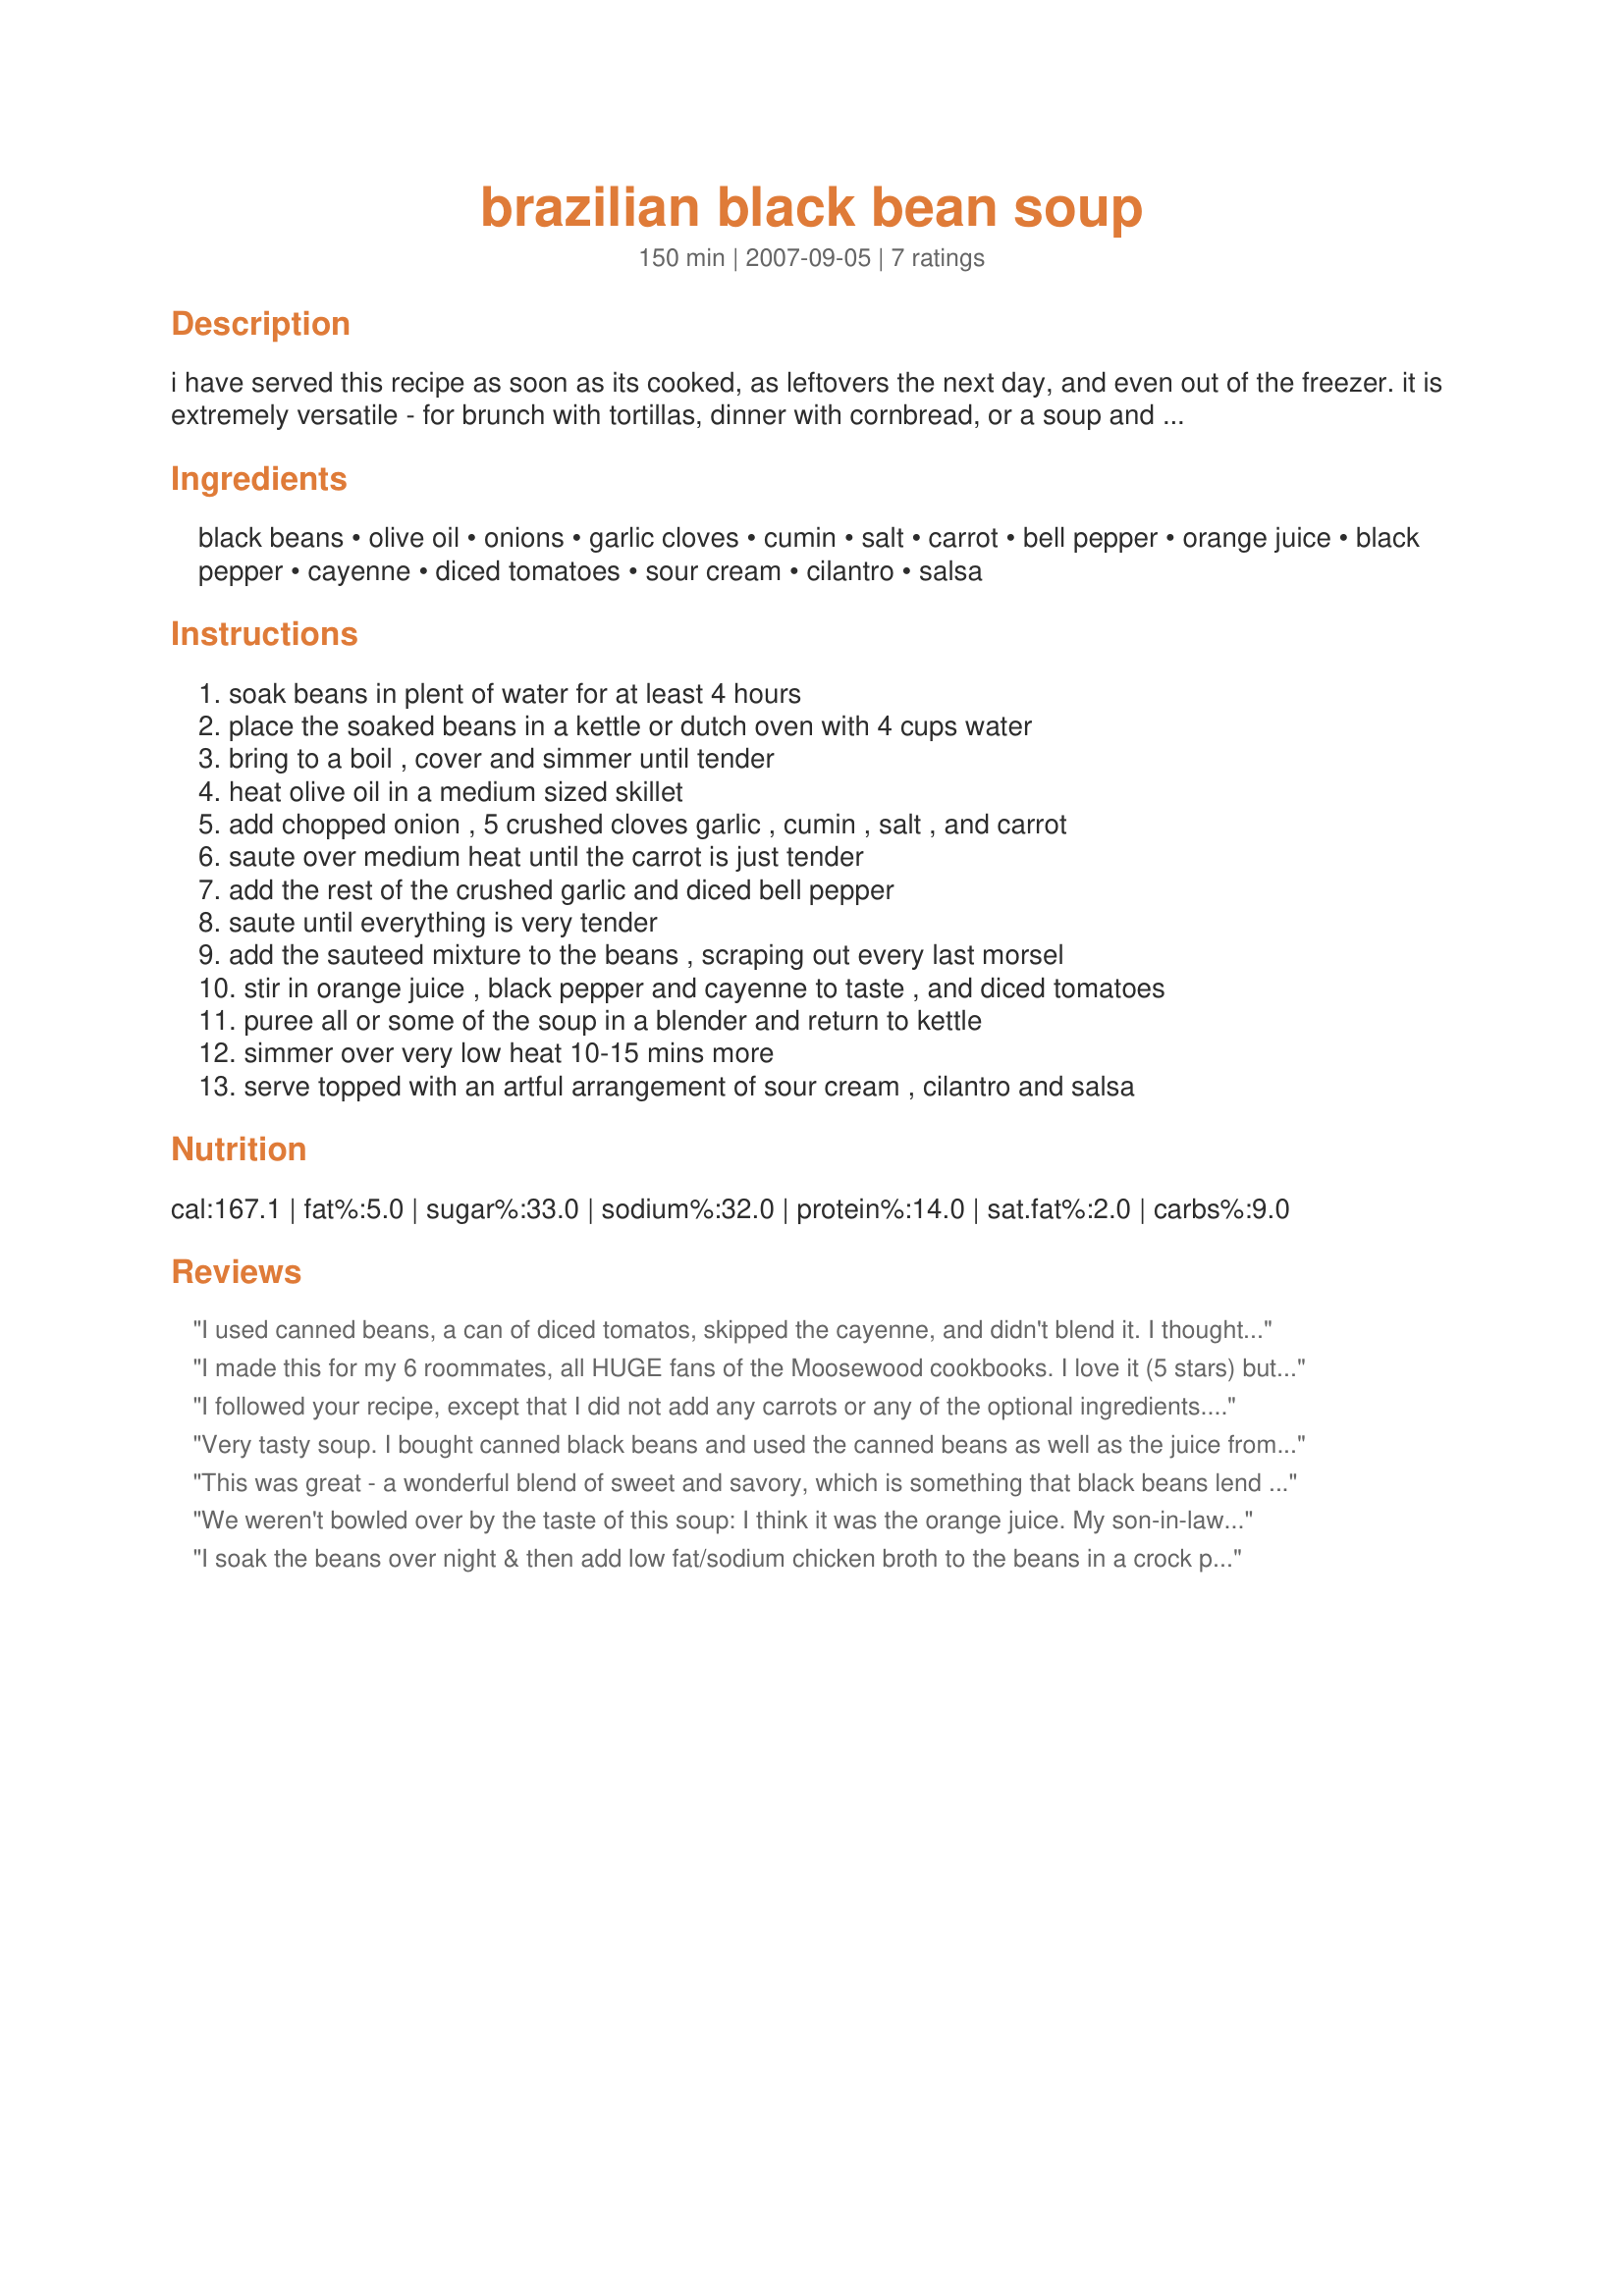
brazilian black bean soup
Preparation time: 150 minutes

i have served this recipe as soon as its cooked, as leftovers the next day, and even out of the freezer. it is extremely versatile - for brunch with tortillas, dinner with cornbread, or a soup and salad lunch. i always get tons of compliments. when i reheat, i re-season a bit and it also tends to thicken up over time. from one of the moosewood cookbooks.

Ingredients:
black beans, olive oil, onions, garlic cloves, cumin, salt, carrot, bell pepper, orange juice, black pepper, cayenne, diced tomatoes, sour cream, cilantro, salsa

Steps:
soak beans in plent of water for at least 4 hours, place the soaked beans in a kettle or dutch oven with 4 cups water, bring to a boil , cover and simmer until tender, heat olive oil in a medium sized skillet, add chopped onion , 5 crushed cloves garlic , cumin , salt , and carrot, saute over medium heat until the carrot is just tender, add the rest of the crushed garlic and diced bell pepper, saute until everything is very tender, add the sauteed mixture to the beans , scraping out every last morsel, stir in orange juice , black pepper and cayenne to taste , and diced tomatoes, puree all or some of the soup in a blender and return to kettle, simmer over very low heat 10-15 mins more, serve topped with an artful arrangement of sour cream , cilantro and salsa

Reviews:
I used canned beans, a can of diced tomatos, skipped the cayenne, and didn't blend it. I thought it was very good, but quite spicey!! So, if you like spicey you'll like it. I think maybe it was too much cumin? I'd make it less time with less cumin to bring the spice down a notch for me. Otherwise, very tasty and good even if not blended.
I made this for my 6 roommates, all HUGE fans of the Moosewood cookbooks. I love it (5 stars) but they thought it was really heavy on the cumin. If I made it again, I would mix up the spices a bit and add sweet potatoes (which would go well with the existing spices). Thanks for sharing your recipes!
I followed your recipe, except that I did not add any carrots or any of the optional ingredients.
If you want it to be thicker, make sure you strain out some of the beans from the water they are cooking in.
Also, I serve mine with a scoup of white rice, just like they do at Bossa Nova restaurants in Los Angeles.
Thank you!!!
Very tasty soup. I bought canned black beans and used the canned beans as well as the juice from the can in lieu of the soaked ones. I was very skeptical about the 10 cloves of garlic - but it was fine. Mine was a bit too "orangey" so I added extra hot chile pepper as well as a vegetable stock cube. Obrigado!
This was great - a wonderful blend of sweet and savory, which is something that black beans lend themselves to so well. Using canned beans made the recipe quick and easy to put together. I substituted green onions and jarred roasted red bell peppers for their recipe counterparts, and put in a pinch of crushed red pepper for a little spice. I didn't do much measuring, and used a potato masher instead of a blender just enough to mush up some of the beans, so mine came out a little chunkier. I wanted the kids to be able to use it as a dip with chips, but they didn't like it. More for me!!
We weren't bowled over by the taste of this soup: I think it was the orange juice. My son-in-law loved it, my husband took one taste and refused to eat any more of it. I didn't like it myself.
I soak the beans over night & then add low fat/sodium chicken broth to the beans in a crock pot & cook on low. I saute the vegs as directed & add to the crock pot about 2 hrs before serving.<br/>I do not add the orange juice until abhout 15 min before serving....also add a little grated orange zest & a tablespoon of brandy at that time. Gives it a kick.....have the condiments on the side for everyone to garnish themselves. Love this soup!
